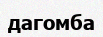
дагомба